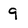
Character: 9